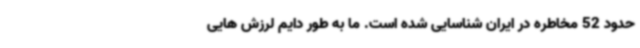
حدود 52 مخاطره در ایران شناسایی شده است. ما به طور دایم لرزش هایی